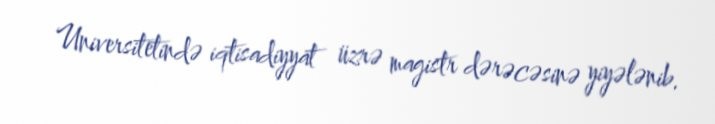
Universitetində iqtisadiyyat üzrə magistr dərəcəsinə yiyələnib.